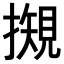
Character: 𢵅